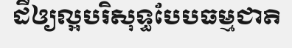
ដីឲ្យល្អបរិសុទ្ធបែបធម្មជាតិ